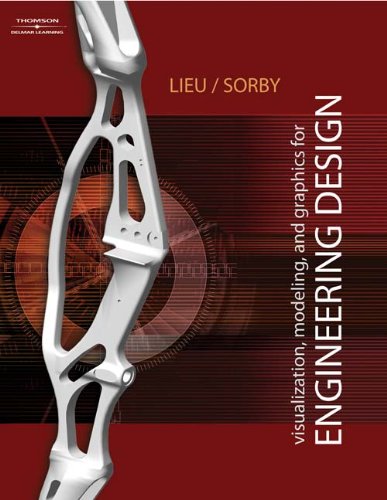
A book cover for The Fundamentals of Visualization, Modeling, and Graphics for Engineering Design; Dennis K. Lieu; Engineering & Transportation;